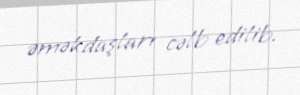
əməkdaşları cəlb edilib.